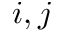
i , j